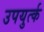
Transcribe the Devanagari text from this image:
उपयुर्त्क